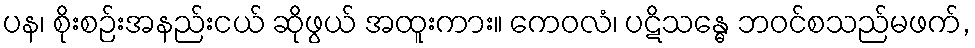
ပန၊ စိုးစဉ်းအနည်းငယ် ဆိုဖွယ် အထူးကား။ ကေဝလံ၊ ပဋိသန္ဓေ ဘဝင်စသည်မဖက်,